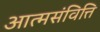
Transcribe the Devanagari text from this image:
आत्मसंवित्ति